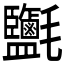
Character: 𣱄